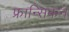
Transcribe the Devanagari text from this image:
फ्रान्सिकन